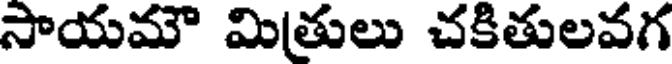
సాయమౌ మితులు చకితులవగ